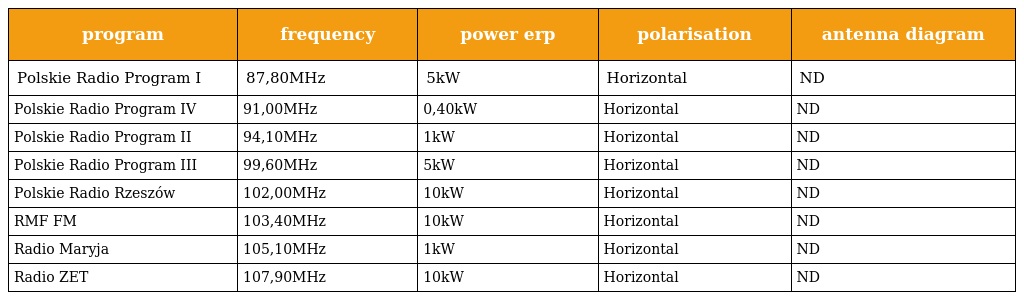
| program | frequency | power erp | polarisation | antenna diagram |
 | --- | --- | --- | --- | --- |
 | Polskie Radio Program I | 87,80MHz | 5kW | Horizontal | ND |
 | Polskie Radio Program IV | 91,00MHz | 0,40kW | Horizontal | ND |
 | Polskie Radio Program II | 94,10MHz | 1kW | Horizontal | ND |
 | Polskie Radio Program III | 99,60MHz | 5kW | Horizontal | ND |
 | Polskie Radio Rzeszów | 102,00MHz | 10kW | Horizontal | ND |
 | RMF FM | 103,40MHz | 10kW | Horizontal | ND |
 | Radio Maryja | 105,10MHz | 1kW | Horizontal | ND |
 | Radio ZET | 107,90MHz | 10kW | Horizontal | ND |